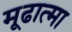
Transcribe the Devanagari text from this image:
मूढात्मा